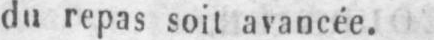
du repas soit avancée.